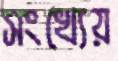
সংখ্যেয়